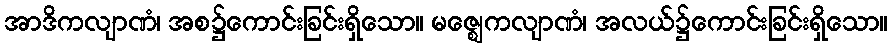
အာဒိကလျာဏံ၊ အစ၌ကောင်းခြင်းရှိသော။ မဇ္ဈေကလျာဏံ၊ အလယ်၌ကောင်းခြင်းရှိသော။